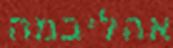
אהליבמה